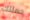
حملتك